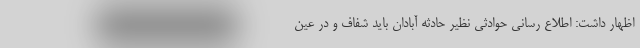
اظهار داشت: اطلاع رسانی حوادثی نظیر حادثه آبادان باید شفاف و در عین